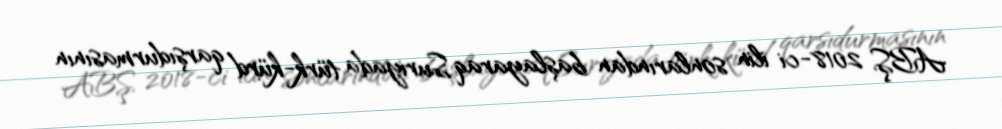
ABŞ 2018-ci ilin sonlarından başlayaraq Suriyada türk-kürd qarşıdurmasının